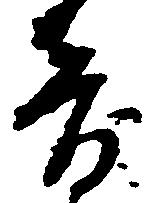
音